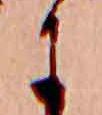
に